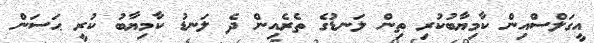
އީގަލްސްއިން ކާމިޔާބުކުރި ތިން ލަނޑުގެ ތެރެއިން ދެ ލަނޑު ކާމިޔާބު ކުރީ ޙަސަން